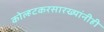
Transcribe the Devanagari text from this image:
कोल्हटकरसारख्यांनीही